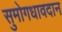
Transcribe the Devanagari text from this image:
सुमोगधावदान